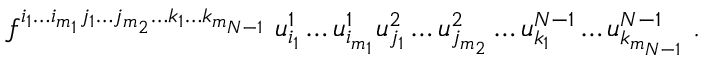
f ^ { i _ { 1 } \ldots i _ { m _ { 1 } } j _ { 1 } \ldots j _ { m _ { 2 } } \ldots k _ { 1 } \ldots k _ { m _ { N - 1 } } } \; u _ { i _ { 1 } } ^ { 1 } \ldots u _ { i _ { m _ { 1 } } } ^ { 1 } u _ { j _ { 1 } } ^ { 2 } \ldots u _ { j _ { m _ { 2 } } } ^ { 2 } \ldots u _ { k _ { 1 } } ^ { N - 1 } \ldots u _ { k _ { m _ { N - 1 } } } ^ { N - 1 } \; .